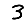
Digit: 3